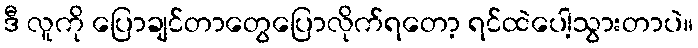
ဒီ လူကို ပြောချင်တာတွေပြောလိုက်ရတော့ ရင်ထဲပေါ့သွားတာပဲ။